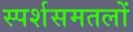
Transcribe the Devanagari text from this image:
स्पर्शसमतलों